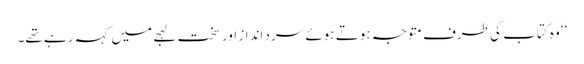
‘‘ وہ کتاب کی طرف متوجہ ہوتے ہوئے سرد انداز اور سخت لہجے میں کہہ رہے تھے۔